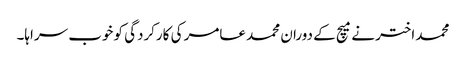
محمد اختر نے میچ کے دوران محمد عامر کی کارکردگی کو خوب سراہا۔